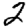
Digit: 2